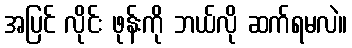
အပြင် လိုင်း ဖုန်းကို ဘယ်လို ဆက်ရမလဲ။